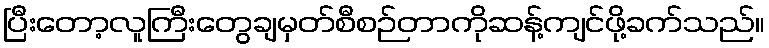
ပြီးတော့လူကြီးတွေချမှတ်စီစဉ်တာကိုဆန့်ကျင်ဖို့ခက်သည်။